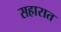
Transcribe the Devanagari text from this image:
सहारात